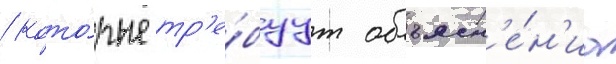
/ кото́рые тр'е́буут объясн'е́н'иа